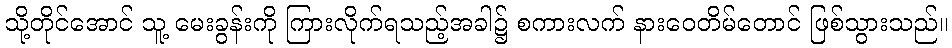
သို့တိုင်အောင် သူ့ မေးခွန်းကို ကြားလိုက်ရသည့်အခါ၌ စကားလက် နားဝေတိမ်တောင် ဖြစ်သွားသည်။